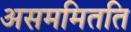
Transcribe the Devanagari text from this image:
असममितति